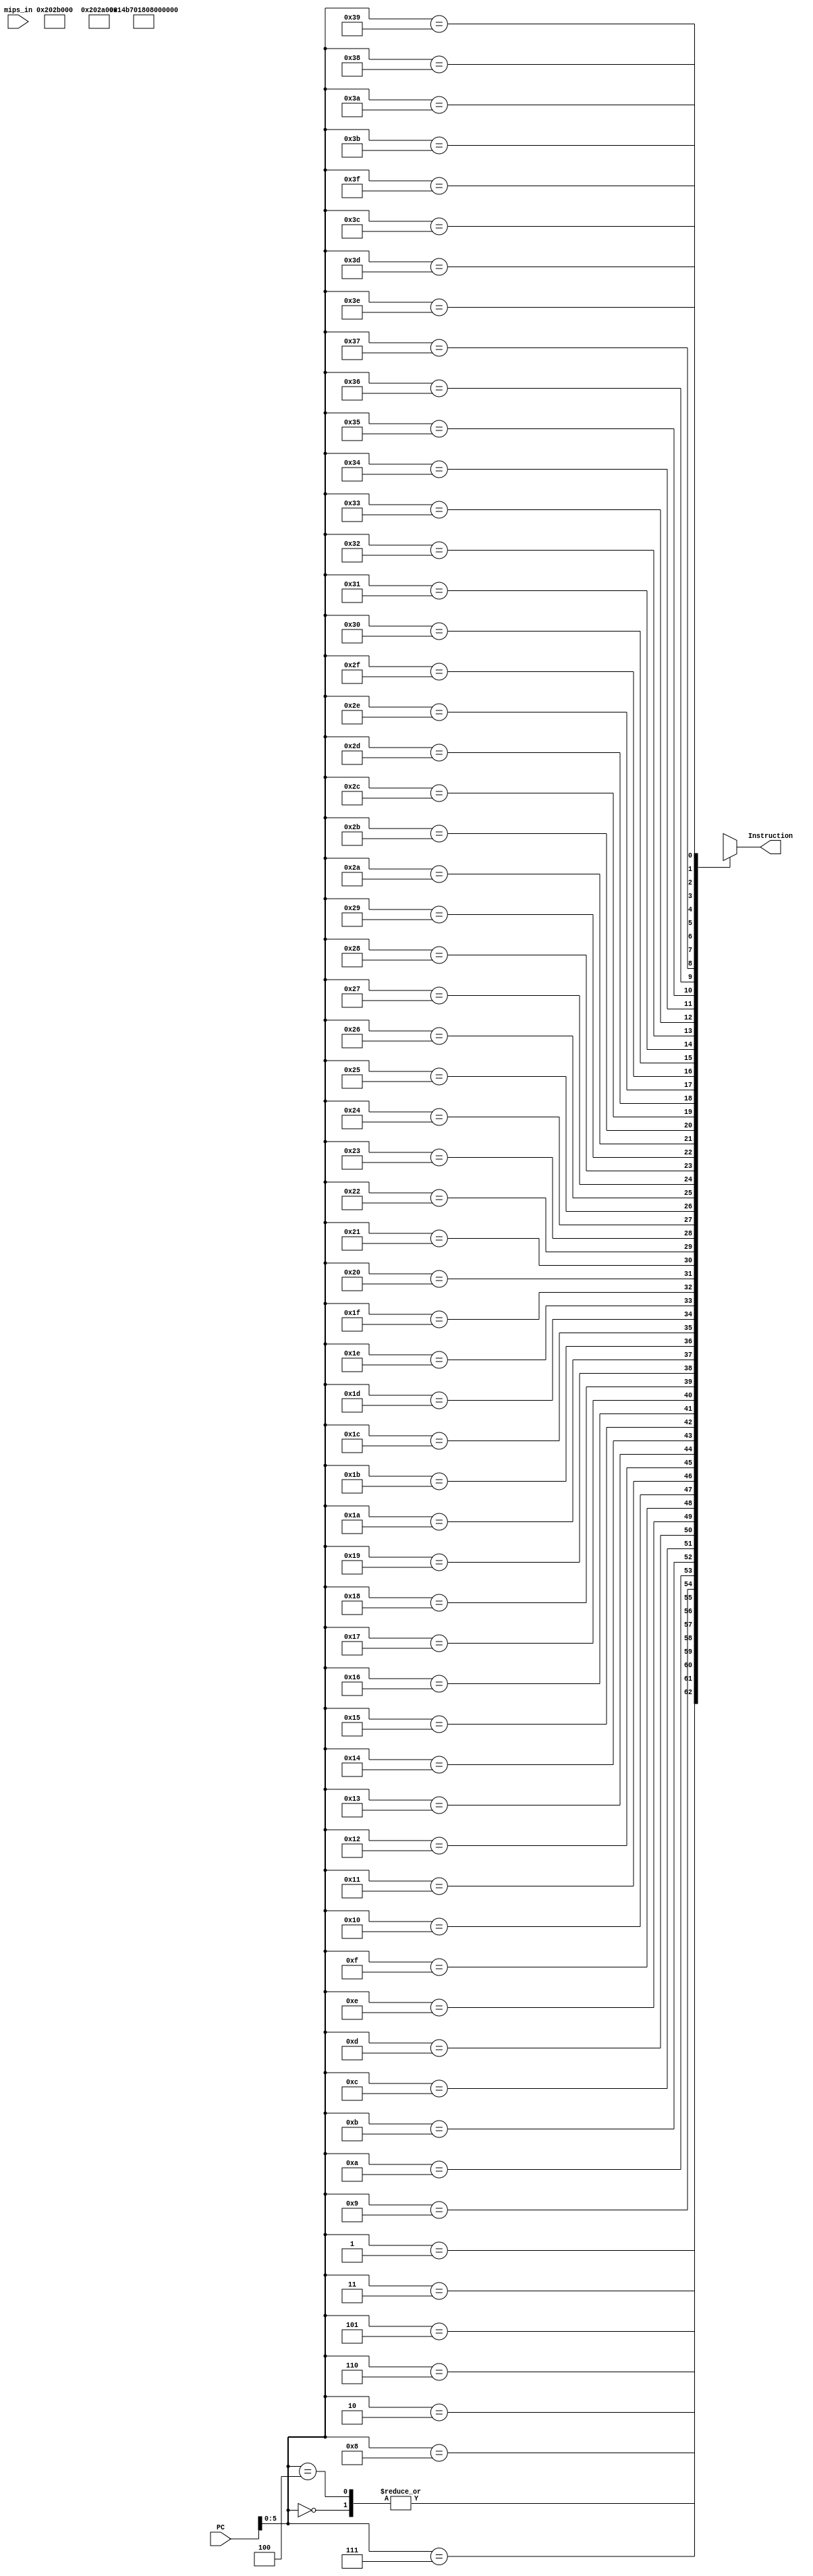
module InstructionMemory(
input wire [31:0] PC,
output wire [31:0] Instruction,
input wire [7:0] mips_in
);

reg [31:0] InstructionMemory [0:63];
reg [31:0] temp;

assign Instruction = temp;

localparam mov=11'd257;// addi+regZero
localparam lw=6'd35, sw=6'd43, addi=6'd8, beq=6'd4, bne=6'd5, jump=6'd2;
localparam typeR=6'd0, add=6'd32, sub=6'd34, mul=6'd24, AND=6'd36, OR=6'd37, XOR=6'd38, NOR=6'd39; 
localparam reg0=5'd0, regZero=5'd1, reg2=5'd2, reg3=5'd3, reg4=5'd4, reg5=5'd5, reg6=5'd6, reg7=5'd7;
localparam reg8=5'd8, reg9=5'd9, reg10=5'd10, reg11=5'd11, reg12=5'd12, reg13=5'd13, reg14=5'd14, reg15=5'd15;
localparam reg16=5'd16, reg17=5'd17, reg18=5'd18, reg19=5'd19, reg20=5'd20, reg21=5'd21, reg22=5'd22, reg23=5'd23;
localparam reg24=5'd24, reg25=5'd25, reg26=5'd26, reg27=5'd27, reg28=5'd28, reg29=5'd29, reg30=5'd30, reg31=5'd31;


always @(*) begin
InstructionMemory[0] = { jump, 26'd1 };
InstructionMemory[1] = { mov, reg10, 12'd0, mips_in[7:4] }; // 001000 00001 01010 000000000000 7654
InstructionMemory[2] = { mov, reg11, 12'd0, mips_in[3:0] }; // 001000 00001 01011 000000000000 3210
InstructionMemory[3] = { typeR, reg10, reg11, reg14, 5'd0, mul }; // 000000 01010 01011 01110 00000 011000
InstructionMemory[4] = { jump, 26'd1 };


/*
// convolution
InstructionMemory[0] = { jump, 26'd1 };
InstructionMemory[1] = { mov, reg20, 16'd1 }; // input feature
InstructionMemory[2] = { mov, reg21, 16'd2 }; // 1,2,3,4,5,6,7,8,9
InstructionMemory[3] = { mov, reg22, 16'd3 };
InstructionMemory[4] = { mov, reg23, 16'd4 };
InstructionMemory[5] = { mov, reg24, 16'd5 };
InstructionMemory[6] = { mov, reg25, 16'd6 };
InstructionMemory[7] = { mov, reg26, 16'd7 };
InstructionMemory[8] = { mov, reg27, 16'd8 };
InstructionMemory[9] = { mov, reg28, 16'd9 };
InstructionMemory[10] = { mov, reg15, 16'd1 }; // filter 1,2,3,4
InstructionMemory[11] = { mov, reg16, 16'd2 };
InstructionMemory[12] = { mov, reg17, 16'd3 };
InstructionMemory[13] = { mov, reg18, 16'd4 };
InstructionMemory[14] = { typeR, reg20, reg15, reg10, 5'd0, mul };
InstructionMemory[15] = { typeR, reg21, reg16, reg11, 5'd0, mul };
InstructionMemory[16] = { typeR, reg23, reg17, reg12, 5'd0, mul };
InstructionMemory[17] = { typeR, reg24, reg18, reg13, 5'd0, mul };
InstructionMemory[18] = { mov, reg9, 16'd0 }; // reg9에 계산 결과
InstructionMemory[19] = { typeR, reg9, reg10, reg9, 5'd0, add };
InstructionMemory[20] = { typeR, reg9, reg11, reg9, 5'd0, add };
InstructionMemory[21] = { typeR, reg9, reg12, reg9, 5'd0, add };
InstructionMemory[22] = { typeR, reg9, reg13, reg9, 5'd0, add };

InstructionMemory[23] = { typeR, reg21, reg15, reg10, 5'd0, mul };
InstructionMemory[24] = { typeR, reg22, reg16, reg11, 5'd0, mul };
InstructionMemory[25] = { typeR, reg24, reg17, reg12, 5'd0, mul };
InstructionMemory[26] = { typeR, reg25, reg18, reg13, 5'd0, mul };
//InstructionMemory[27] = { mov, reg9, 16'd0 }; // reg9에 계산 결과
InstructionMemory[27] = { typeR, reg9, reg10, reg9, 5'd0, add };
InstructionMemory[28] = { typeR, reg9, reg11, reg9, 5'd0, add };
InstructionMemory[29] = { typeR, reg9, reg12, reg9, 5'd0, add };
InstructionMemory[30] = { typeR, reg9, reg13, reg9, 5'd0, add };

InstructionMemory[31] = { typeR, reg23, reg15, reg10, 5'd0, mul };
InstructionMemory[32] = { typeR, reg24, reg16, reg11, 5'd0, mul };
InstructionMemory[33] = { typeR, reg26, reg17, reg12, 5'd0, mul };
InstructionMemory[34] = { typeR, reg27, reg18, reg13, 5'd0, mul };
//InstructionMemory[36] = { mov, reg9, 16'd0 }; // reg9에 계산 결과
InstructionMemory[35] = { typeR, reg9, reg10, reg9, 5'd0, add };
InstructionMemory[36] = { typeR, reg9, reg11, reg9, 5'd0, add };
InstructionMemory[37] = { typeR, reg9, reg12, reg9, 5'd0, add };
InstructionMemory[38] = { typeR, reg9, reg13, reg9, 5'd0, add };

InstructionMemory[39] = { typeR, reg24, reg15, reg10, 5'd0, mul };
InstructionMemory[40] = { typeR, reg25, reg16, reg11, 5'd0, mul };
InstructionMemory[41] = { typeR, reg27, reg17, reg12, 5'd0, mul };
InstructionMemory[42] = { typeR, reg28, reg18, reg13, 5'd0, mul };
//InstructionMemory[45] = { mov, reg9, 16'd0 }; // reg9에 계산 결과
InstructionMemory[43] = { typeR, reg9, reg10, reg9, 5'd0, add };
InstructionMemory[44] = { typeR, reg9, reg11, reg9, 5'd0, add };
InstructionMemory[45] = { typeR, reg9, reg12, reg9, 5'd0, add };
InstructionMemory[46] = { typeR, reg9, reg13, reg9, 5'd0, add };
*/


/*
// 메모리의 5~9번지의 값을 읽어와 반복문을 사용하여 3을 곱하고 10~14번지에 저장: bne
InstructionMemory[0] = { jump, 26'd1 };
InstructionMemory[1] = { mov, reg9, 16'd5 }; // repeat 5times
InstructionMemory[2] = { mov, reg10, 16'd0 };
InstructionMemory[3] = { mov, reg11, 16'd5 }; // 배열의 시작주소 reg11=5
InstructionMemory[4] = { mov, reg15, 16'd3 }; // 3을 곱할 것이다
InstructionMemory[5] = { mov, reg14, 16'd10 }; // 저장될 배열의 시작주소 reg14=10 

InstructionMemory[6] = { lw, reg11, reg13, 16'd0 }; // reg13에 피연산자
InstructionMemory[7] = { typeR, reg13, reg15, reg13, 5'd0, mul }; // reg13 * 3 = reg13
InstructionMemory[8] = { sw, reg14, reg13, 16'd0 }; //reg14가 가리키는 위치에 reg13을 저장 [reg14+0] = reg13

InstructionMemory[9] = { addi, reg10, reg10, 16'd1 }; // reg10++
InstructionMemory[10] = { addi, reg14, reg14, 16'd1 }; // reg14++
InstructionMemory[11] = { addi, reg11, reg11, 16'd1 }; // reg11++
InstructionMemory[12] = { bne, reg10, reg9, -16'd7 }; // pc는 13이므로 -7 하면 6으로 돌아간다
*/

/*
// 메모리의 5~9번지의 값을 읽어와 반복문을 사용하여 3을 곱하고 10~14번지에 저장: beq
InstructionMemory[0] = { jump, 26'd1 };
InstructionMemory[1] = { addi, regZero, reg9, 16'd5 }; // repeat 5times
InstructionMemory[2] = { addi, regZero, reg10, 16'd0 };
InstructionMemory[3] = { addi, regZero, reg11, 16'd5 }; // 배열의 시작주소 reg11=5
InstructionMemory[4] = { addi, regZero, reg15, 16'd3 }; // 3을 곱할 것이다
InstructionMemory[5] = { addi, regZero, reg14, 16'd10 }; // 저장될 배열의 시작주소 reg14=10 

InstructionMemory[6] = { lw, reg11, reg13, 16'd0 }; // reg13에 피연산자
InstructionMemory[7] = { typeR, reg13, reg15, reg13, 5'd0, mul }; // reg13 * 3 = reg13
InstructionMemory[8] = { sw, reg14, reg13, 16'd0 }; //reg14가 가리키는 위치에 reg13을 저장 [reg14+0] = reg13

InstructionMemory[9] = { addi, reg10, reg10, 16'd1 };
InstructionMemory[10] = { addi, reg14, reg14, 16'd1 };
InstructionMemory[11] = { addi, reg11, reg11, 16'd1 };
InstructionMemory[12] = { beq, reg10, reg9, 16'd1 }; // pc는 13이므로 -7 하면 6으로 돌아간다
InstructionMemory[13] = { jump, 26'd6 };
*/

/*
// 1~5까지의 합(정상작동)
InstructionMemory[0] = { jump, 26'd1 }; 
InstructionMemory[1] = { addi, regZero, reg10, 16'd5 }; // 5번 반복
InstructionMemory[2] = { addi, regZero, reg11, 16'd0 }; //number=0
InstructionMemory[3] = { addi, regZero, reg12, 16'd0 }; //sum=0
InstructionMemory[4] = { addi, reg11, reg11, 16'd1 };// number++ 
InstructionMemory[5] = { typeR, reg12, reg11, reg12, 5'd0, add }; //sum=sum+number
InstructionMemory[6] = { bne, reg10, reg11, -16'd3 }; // 다르면 앞으로
InstructionMemory[7] = { addi, reg12, reg4, 16'd0 }; // reg25에 출력 
*/

/*
// 1~5까지의 합(정상작동)
InstructionMemory[0] = 32'b00001000000000000000000000000001;
InstructionMemory[1] = 32'b001000

00001010100000000000000101;
InstructionMemory[2] = 32'b00100000001010110000000000000000;
InstructionMemory[3] = 32'b00100000000101100000000000000000;
InstructionMemory[4] = 32'b00100001011010110000000000000001;
InstructionMemory[5] = 32'b00000001100010110110000000100000;
InstructionMemory[6] = 32'b00010101010010111111111111111101; 
InstructionMemory[7] = 32'b00100001100001000000000000000000;
*/

/*
// 1~5까지의 합
InstructionMemory[0] = { jump, 26'd1 }; 
InstructionMemory[1] = { addi, regZero, reg10, 16'd5 }; // 5번 반복
InstructionMemory[2] = { addi, regZero, reg11, 16'd1 }; //index=1
InstructionMemory[3] = { addi, regZero, reg12, 16'd0 }; //sum=0
InstructionMemory[4] = { typeR, reg12, reg11, reg12, 5'd0, add }; //sum=sum+index
InstructionMemory[5] = { addi, reg11, reg11, 16'd1 };// index++ 
InstructionMemory[6] = { bne, reg10, reg11, -16'd3 }; // 다르면 앞으로
InstructionMemory[7] = { addi, reg12, reg25, 16'd0 }; // reg25에 출력 
*/

 
// 산술, 논리 연산(정상작동) add, sub, mul, AND, OR, XOR, NOR 연산 테스트
/*
InstructionMemory[0] = { jump, 26'd1 }; 
InstructionMemory[1] = { addi, regZero, reg10, 16'b0000_0000_0000_0011_1011 }; 
InstructionMemory[2] = { addi, regZero, reg11, 16'b0000_0000_0000_0101_0111 }; 
InstructionMemory[3] = { typeR, reg10, reg11, reg13, 5'd0, add };
InstructionMemory[4] = { typeR, reg10, reg11, reg14, 5'd0, mul };
InstructionMemory[5] = { typeR, reg10, reg11, reg15, 5'd0, sub };
InstructionMemory[6] = { typeR, reg10, reg11, reg16, 5'd0, AND };
InstructionMemory[7] = { typeR, reg10, reg11, reg17, 5'd0, OR };
InstructionMemory[8] = { typeR, reg10, reg11, reg18, 5'd0, XOR };
InstructionMemory[9] = { typeR, reg10, reg11, reg19, 5'd0, NOR };
*/

/*
//1~5까지의 합(정상작동)
InstructionMemory[0] = { jump, 26'd1 }; 
InstructionMemory[1] = { addi, regZero, reg10, 16'd5 }; // 5번 반복
InstructionMemory[2] = { addi, regZero, reg11, 16'd1 }; //index=1
InstructionMemory[3] = { addi, regZero, reg12, 16'd0 }; //sum=0
InstructionMemory[4] = { typeR, reg12, reg11, reg12, 5'd0, add }; //sum=sum+index
InstructionMemory[5] = { beq, reg10, reg11, 16'd2 }; // 같으면 loop종료
InstructionMemory[6] = { addi, reg11, reg11, 16'd1 };// index++ 
InstructionMemory[7] = { jump, 26'd4 }; // jump to InstructionMemory[4]
InstructionMemory[8] = { addi, reg12, reg25, 16'd0 }; // reg25에 출력 
//InstructionMemory[2] = { typeR, reg14, reg12, reg14, 5'd0, add };
//InstructionMemory[2] = { addi, reg8, reg10, 16'd3 };
*/

/*
InstructionMemory[0] = { addi, regZero, reg10, 16'd33 }; 					// reg10에 33 대입 mov reg10, 33 
InstructionMemory[1] = { addi, regZero, reg11, 16'd12 };					// mov reg11, 12
InstructionMemory[2] = { typeR, reg10, reg11, reg12, 5'd0, add };	// 더해서 reg12
InstructionMemory[3] = { addi, regZero, reg13, 16'd3 };					// mov reg13, 3
InstructionMemory[4] = { addi, regZero, reg14, 16'd3 };					// mov reg13, 3
InstructionMemory[5] = { typeR, reg12, reg13, reg14, 5'd0, mul };	// 곱해서 reg14
InstructionMemory[6] = { addi, regZero, reg20, 16'd10 }; 					// InstructionMemory[10]에 저장할 예정
InstructionMemory[7] = { sw, reg20, reg14, 16'd0 }; 					// reg14의 값을 M[reg20]에 저장
/*
InstructionMemory[0] = { lw, 5'd16, 5'd21, 16'd2 }; //lw reg16 + offset2 -> reg21
InstructionMemory[1] = { lw, 5'd17, 5'd22, 16'd3 }; //lw reg17 + offset3 -> reg22
InstructionMemory[2] = { typeR, 5'd21, 5'd22 , 5'd23, 5'd0, add }; // reg21 + reg22 -> reg23
InstructionMemory[3] = { sw, 5'd20, 5'd23, 16'd1 }; // sw reg23(데이터) -> reg20(메모리위치26) + offset1
//              base  reg번호  offset
InstructionMemory[4] = { typeR, 5'd21, 5'd22 , 5'd24, 5'd0, mul };
//InstructionMemory[5] = { 6'd43, 5'd
*/
/*
InstructionMemory[0] = { addi, regZero, reg10, 16'd62 }; 					// reg10에 33 대입 mov reg10, 33 
InstructionMemory[1] = { addi, regZero, reg11, 16'd62 };					// mov reg11, 12
InstructionMemory[2] = { beq, reg10, reg11, -16'd3 };
//InstructionMemory[2] = { jump, 26'd4 };
InstructionMemory[3] = { typeR, reg10, reg11, reg12, 5'd0, add };	// 더해서 reg12
InstructionMemory[4] = { typeR, reg10, reg11, reg12, 5'd0, mul };
InstructionMemory[5] = { typeR, reg12, reg12, reg13, 5'd0, XOR };
*/
/*
InstructionMemory[0] = { addi, regZero, reg10, 16'd5 }; // 10회 반복
InstructionMemory[1] = { addi, regZero, reg11, 16'd0 }; // reg11 = 0 --> Sum
InstructionMemory[2] = { addi, regZero, reg12, 16'd4 }; // reg12 = 0 --> index

InstructionMemory[3] = { typeR, reg11, reg12, reg11, 5'd0, add };
InstructionMemory[4] = { addi, reg12, reg12, 16'd1 };
InstructionMemory[5] = { beq, reg10, reg12, 16'd1 };
InstructionMemory[6] = { jump, 26'd3 };
InstructionMemory[7] = { addi, reg11, reg20, 16'd0 };
*/

/*
lw, sw 명령어는 reg, InstructionMemoryory 간의 데이터 전송
lw, regA, regB, offset		regA에 있는 주소값에 offset을 더한 주소의 값을 regB에 가져온다.

d24 mul, d32 add, d34 sub
*/
temp <= InstructionMemory[PC];
end
endmodule